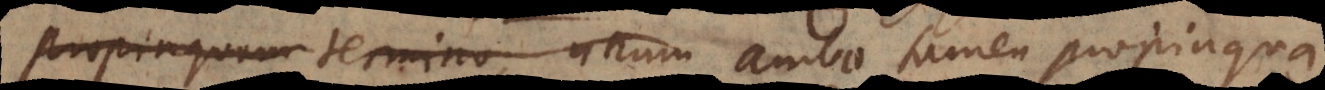
propinquum termino, unum ambo tamen propinqua